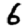
Digit: 6